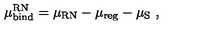
\mu _ { \mathrm { b i n d } } ^ { \mathrm { R N } } = \mu _ { \mathrm { R N } } - \mu _ { \mathrm { r e g } } - \mu _ { \mathrm { S } } \ ,